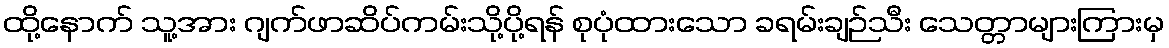
ထို့နောက် သူ့အား ဂျက်ဖာဆိပ်ကမ်းသို့ပို့ရန် စုပုံထားသော ခရမ်းချဉ်သီး သေတ္တာများကြားမှ